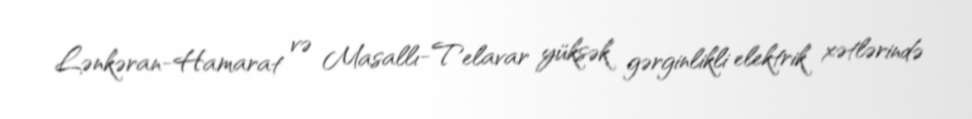
Lənkəran-Hamarat və Masallı-Telavar yüksək gərginlikli elektrik xətlərində